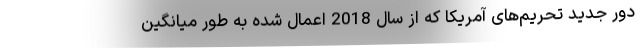
دور جدید تحریم‌های آمریکا که از سال 2018 اعمال شده به طور میانگین